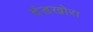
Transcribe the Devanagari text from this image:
दंडखोरा